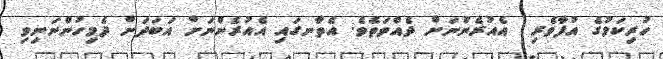
ހުރިކަމުގެ އުފާވެރި  އެއުރެންނަށް ދެއްވަތެވެ. އެތާނގައި އެއުރެންނަށް އަބަދަށް ދެމިހުންނަނިވި